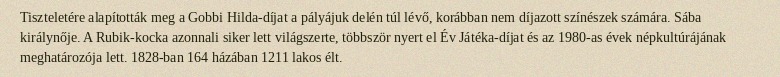
Tiszteletére alapították meg a Gobbi Hilda-díjat a pályájuk delén túl lévő, korábban nem díjazott színészek számára. Sába királynője. A Rubik-kocka azonnali siker lett világszerte, többször nyert el Év Játéka-díjat és az 1980-as évek népkultúrájának meghatározója lett. 1828-ban 164 házában 1211 lakos élt.